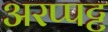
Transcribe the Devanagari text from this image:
अरप्पट्ट